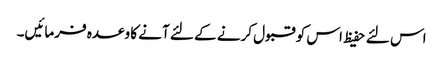
اس لئے حفیظ اس کو قبول کرنے کے لئے آنے کا وعدہ فرمائیں۔